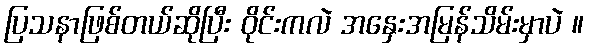
ပြသနာဖြစ်တယ်ဆိုပြီး ဝိုင်းကလဲ အနှေးအမြန်သိမ်းမှာပဲ ။